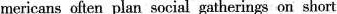
mericans often plan social gatherings on short